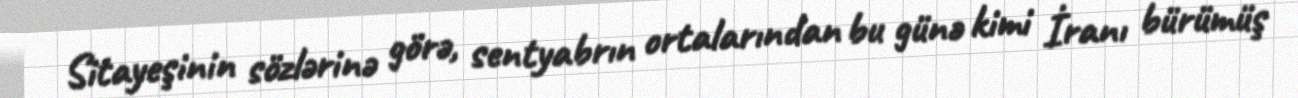
Sitayeşinin sözlərinə görə, sentyabrın ortalarından bu günə kimi İranı bürümüş